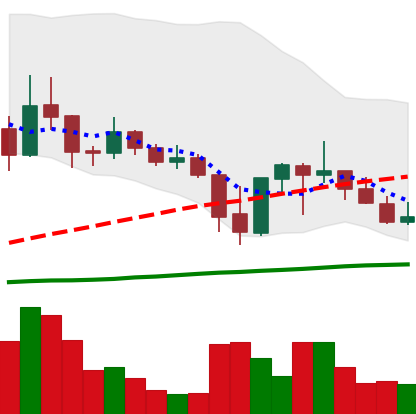
Ticker: ADA-USD
Chart end date: 2021-09-29
Forward return: 5.981%
Label: up_5_7